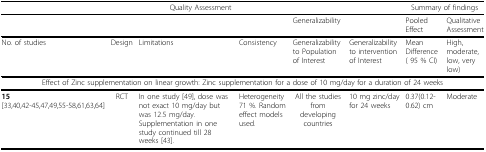
<table><thead><tr><td colspan="6"><b>Quality Assessment</b></td><td colspan="2"><b>Summary of findings</b></td></tr></thead><tbody><tr><td></td><td></td><td></td><td></td><td colspan="2">Generalizability</td><td>Pooled Effect</td><td>Qualitative Assessment</td></tr><tr><td>No. of studies</td><td>Design</td><td>Limitations</td><td>Consistency</td><td>Generalizability to Population of Interest</td><td>Generalizability to intervention of Interest</td><td>Mean Difference ( 95 % CI)</td><td>High, moderate, low, very low)</td></tr><tr><td colspan="8">Effect of Zinc supplementation on linear growth: Zinc supplementation for a dose of 10 mg/day for a duration of 24 weeks</td></tr><tr><td><b>15</b>[33,40,42-45,47,49,55-58,61,63,64]</td><td>RCT</td><td>In one study [49], dose was not exact 10 mg/day but was 12.5 mg/day. Supplementation in one study continued till 28 weeks [43].</td><td>Heterogeneity 71 %. Random effect models used.</td><td>All the studies from developing countries</td><td>10 mg zinc/day for 24 weeks</td><td>0.37(0.12-0.62) cm</td><td>Moderate</td></tr></tbody></table>